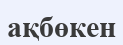
ақбөкен